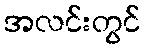
အလင်းတွင်